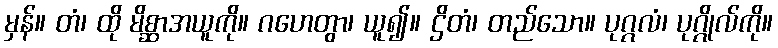
မှန်။ တံ၊ ထို မိစ္ဆာအယူကို။ ဂဟေတွာ၊ ယူ၍။ ဌိတံ၊ တည်သော။ ပုဂ္ဂလံ၊ ပုဂ္ဂိုလ်ကို။